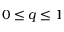
0 \leq q \leq 1